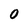
Character: 0